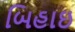
બિહાઇ